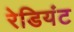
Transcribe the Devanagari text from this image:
रेडियंट